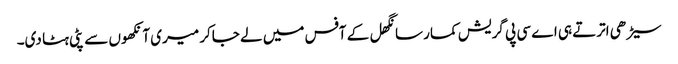
سیڑھی اترتے ہی اے سی پی گریش کمار سانگھل کے آفس میں لے جاکر میری آنکھوں سے پٹی ہٹا دی۔